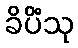
ခိပိံသု